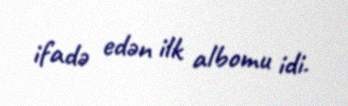
ifadə edən ilk albomu idi.